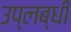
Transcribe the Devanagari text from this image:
उप्लब्धी